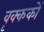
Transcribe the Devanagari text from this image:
वृक्ककों